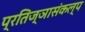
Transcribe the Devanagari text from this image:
प्रतिज्ञासंकल्प